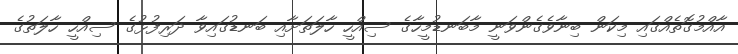
އާއްމުގޮތެއްގައި މިކަން ބިނާވެގެންވަނީ މާބަނޑުމީހާގެ ސިއްހީ ހާލަތަށާއި ބަނޑުގައިވާ ދަރިފުޅުގެ ސިއްހީ ހާލަތުގެ